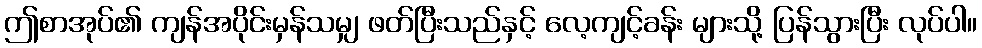
ဤစာအုပ်၏ ကျန်အပိုင်းမှန်သမျှ ဖတ်ပြီးသည်နှင့် လေ့ကျင့်ခန်း များသို့ ပြန်သွားပြီး လုပ်ပါ။